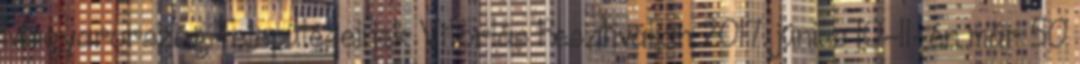
Magyarország Településeinek Vitorlás Fesztiválján 2017. június 10-11-én már 50